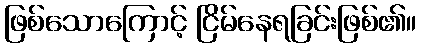
ဖြစ်သောကြောင့် ငြိမ်နေရခြင်းဖြစ်၏။